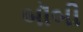
બૉબી